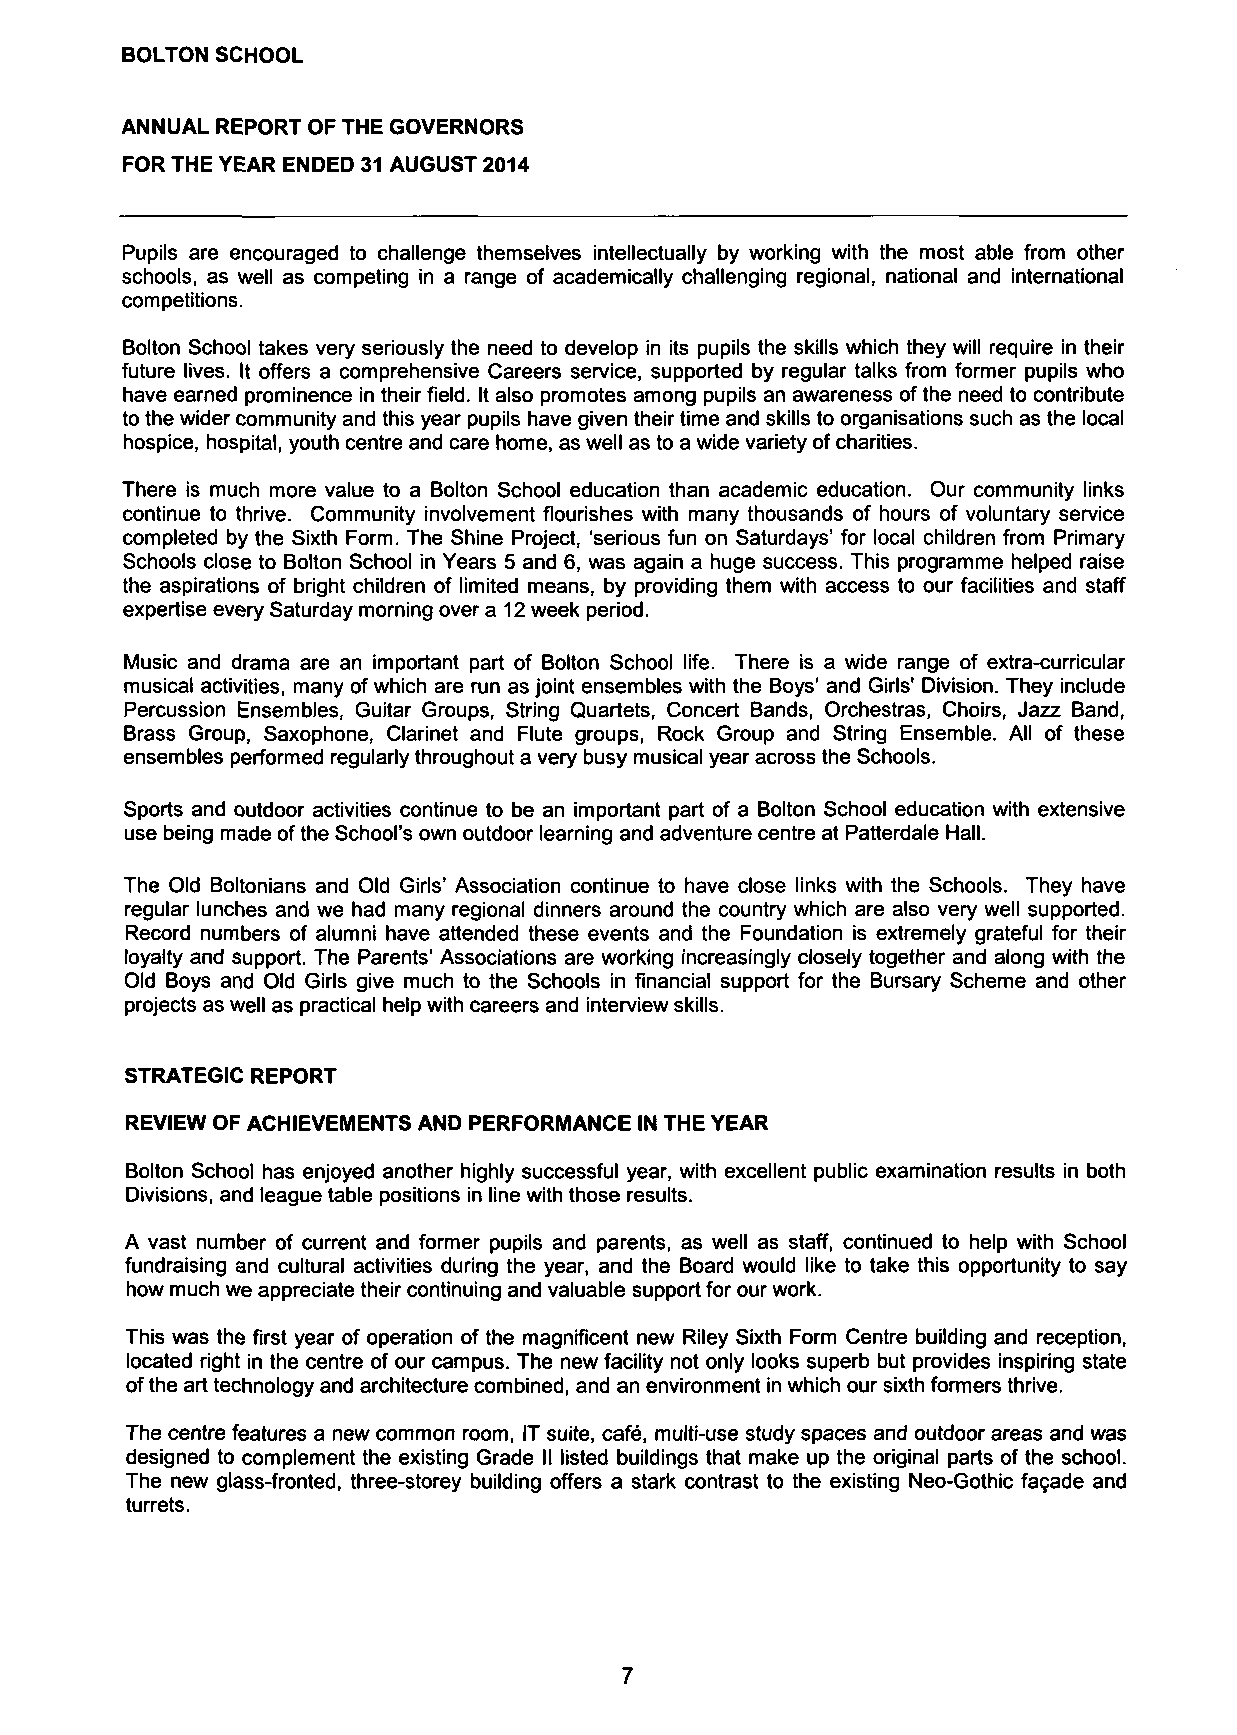
BOLTON SCHOOL
 ANNUAL REPORT OF THE GOVERNORS
 FOR THE YEAR ENDED 31 AUGUST 2014
 Pupils are encouraged to challenge themselves intellectually by working with the most able from other
 schools, as well as competing in a range of academically challenging regional, national and international
 competitions.
 Bolton School takes very seriously the need to develop in its pupils the skills which they will require in their
 future lives. It offers a comprehensive Careers service, supported by regular talks from former pupils who
 have earned prominence in their field. It also promotes among pupils an awareness of the need to contribute
 to the wider community and this year pupils have given their time and skills to organisations such as the local
 hospice, hospital, youth centre and care home, as well as to a wide variety of charities.
 There is much more value to a Bolton School education than academic education. Our community links
 continue to thrive. Community involvement flourishes with many thousands of hours of voluntary service
 completed by the Sixth Form. The Shine Project, 'serious fun on Saturdays' for local children from Primary
 Schools close to Bolton School in Years 5 and 6, was again a huge success. This programme helped raise
 the aspirations of bright children of limited means, by providing them with access to our facilities and staff
 expertise every Saturday morning over a 12 week period.
 Music and drama are an important part of Bolton School life. There is a wide range of extra-curricular
 musical activities, many of which are run as joint ensembles with the Boys' and Girls' Division. They include
 Percussion Ensembles, Guitar Groups, String Quartets, Concert Bands, Orchestras, Choirs, Jazz Band,
 Brass Group, Saxophone, Clarinet and Flute groups, Rock Group and String Ensemble. All of these
 ensembles performed regularly throughout a very busy musical year across the Schools.
 Sports and outdoor activities continue to be an important part of a Bolton School education with extensive
 use being made of the School's own outdoor learning and adventure centre at Patterdale Hall.
 The Old Boltonians and Old Girls' Association continue to have close links with the Schools. They have
 regular lunches and we had many regional dinners around the country which are also very well supported.
 Record numbers of alumni have attended these events and the Foundation is extremely grateful for their
 loyalty and support. The Parents' Associations are working increasingly closely together and along with the
 Old Boys and Old Girls give much to the Schools in financial support for the Bursary Scheme and other
 projects as well as practical help with careers and interview skills.
 STRATEGIC REPORT
 REVIEW OF ACHIEVEMENTS AND PERFORMANCE IN THE YEAR
 Bolton School has enjoyed another highly successful year, with excellent public examination results in both
 Divisions, and league table positions in line with those results.
 A vast number of current and former pupils and parents, as well as staff, continued to help with School
 fundraising and cultural activities during the year, and the Board would like to take this opportunity to say
 how much we appreciate their continuing and valuable support for our work.
 This was the first year of operation of the magnificent new Riley Sixth Form Centre building and reception,
 located right in the centre of our campus. The new facility not only looks superb but provides inspiring state
 of the art technology and architecture combined, and an environment in which our sixth formers thrive.
 The centre features a new common room, IT suite, cafe, multi-use study spaces and outdoor areas and was
 designed to complement the existing Grade II listed buildings that make up the original parts of the school.
 The new glass-fronted, three-storey building offers a stark contrast to the existing Neo-Gothic facade and
 turrets.
 7